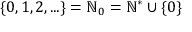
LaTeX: \; \{ 0 , 1 , 2 , . . . \} = \mathbb { N } _ { 0 } = \mathbb { N } ^ { * } \cup \{ 0 \}